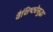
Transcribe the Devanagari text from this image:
वैशिष्ट्येसुद्धा